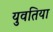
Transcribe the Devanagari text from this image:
युवतिया